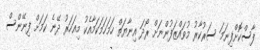
ފާސްކޮށްފިނަމަ ސަރުކާރު މުވައްޒަފުންނަށް ރޯދަ އިނާޔަތް ހަމަހަމަކަމާއެކު މިއަހަރު ދޭނެ ކަމަށް ފިނޭންސް